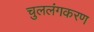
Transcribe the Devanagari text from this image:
चुललंगकरण